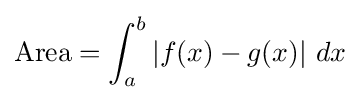
{\text{Area}}=\int _{a}^{b}\left\vert f(x)-g(x)\right\vert \,dx